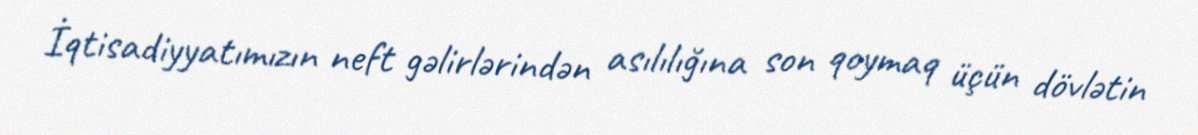
İqtisadiyyatımızın neft gəlirlərindən asılılığına son qoymaq üçün dövlətin